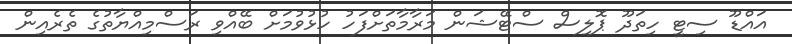
އައްޑޫ ސިޓީ ހިތަދޫ ޕޮލިސް ސްޓޭޝަން މަރާމާތަށްފަހު ހުޅުވުމަށް ބޭއްވި ރަސްމިއްޔާތުގެ ތެރެއިން